Rangoon Lunatic Asylum 1898-1906 - 1898-1906
Year: 1898
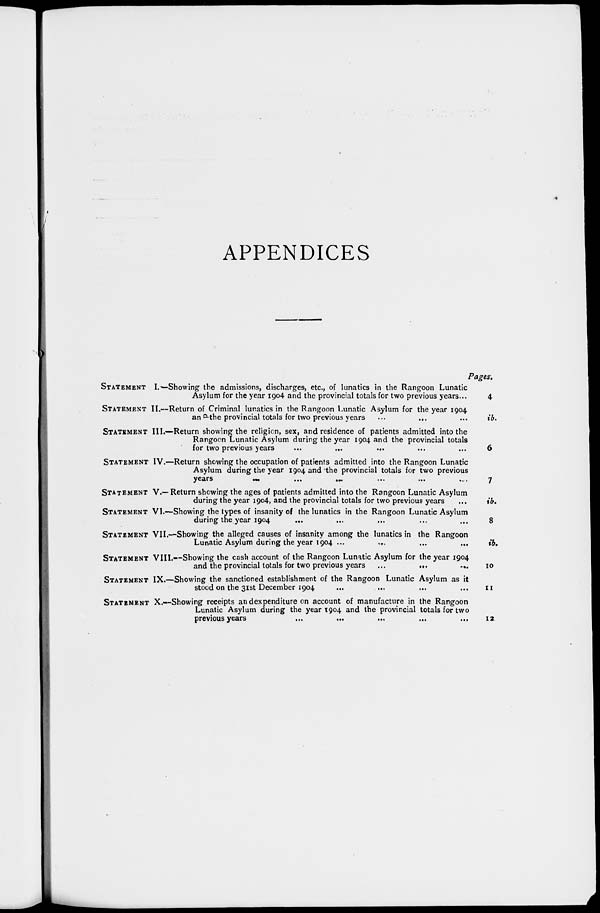
APPENDICES
STATEMENT
I.—
STATEMENT
II.—
STATEMENT III.—
STATEMENT IV.—
STATEMENT
V.—
STATEMENT VI.—
STATEMENT VII.—
STATEMENT VIII.—
STATEMENT IX.—
STATEMENT
X.—
Showing the admissions, discharges, etc., of lunatics in the Rangoon Lunatic
Asylum for the year 1904 and the provincial totals for two previous years...
Return of Criminal lunatics in the Rangoon Lunatic Asylum for the year 1904
and the provincial totals for two previous years
Return showing the religion, sex, and residence of patients admitted into the
Rangoon Lunatic Asylum during the year 1904 and the provincial totals
for two previous years
...
...
... ... ... ...
Return showing the occupation of patients admitted into the Rangoon Lunatic
Asylum during the year 1904 and the provincial totals for two previous
years
...
...
...
...
...
...
Return showing the ages of patients admitted into the Rangoon Lunatic Asylum
during the year 1904, and the provincial totals for two previous years
Showing the types of insanity of the lunatics in the Rangoon Lunatic Asylum
during the year 1904
Showing the alleged causes of insanity among the lunatics in the Rangoon
Lunatic Asylum during the year 1904 ...
Showing the cash account of the Rangoon Lunatic Asylum for the year 1904
and the provincial totals for two previous years
...
...
....
Showing the sanctioned establishment of the Rangoon Lunatic Asylum as it
stood on the 31st December 1904 ... ... ... ... ...
Showing receipts and expenditure on account of manufacture in the Rangoon
Lunatic Asylum during the year 1904 and the provincial totals for two
previous years
...
... ... ... ...
Pages.
4
ib.
6
7
ib.
8
ib.
10
11
12